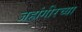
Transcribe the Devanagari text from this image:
जहांगीरच्या